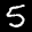
Label: 5